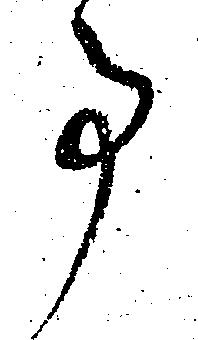
事